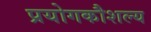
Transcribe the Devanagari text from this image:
प्रयोगकौशल्य